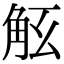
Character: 𧣎